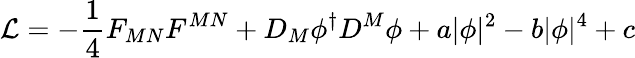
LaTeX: {\cal\mathcal{L}}=-{\frac{{1}}{{4}}}F_{MN}F^{MN}+D_{M}\phi^{\dagger}D^{M}\phi+a|\phi|^{2}-b|\phi|^{4}+c